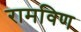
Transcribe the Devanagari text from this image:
रामविण